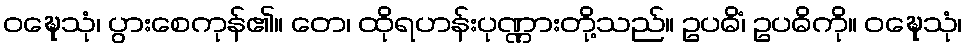
ဝဍ္ဎေသုံ၊ ပွားစေကုန်၏။ တေ၊ ထိုရဟန်းပုဏ္ဏားတို့သည်။ ဥပဓိံ၊ ဥပဓိကို။ ဝဍ္ဎေသုံ၊